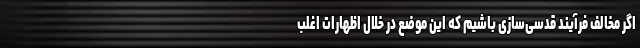
اگر مخالف فرآیند قدسی‌سازی باشیم که این موضع در خلال اظهارات اغلب